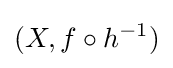
(X,f\circ h^{-1})